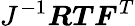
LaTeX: J^{-1}{\boldsymbol{R}}{\boldsymbol{T}}{\boldsymbol{F}}^{T}